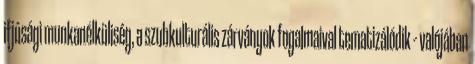
ifjúsági munkanélküliség, a szubkulturális zárványok fogalmaival tematizálódik – valójában